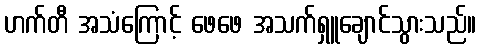
ဟက်တီ အသံကြောင့် ဖေဖေ အသက်ရှူချောင်သွားသည်။